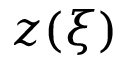
z ( \xi )